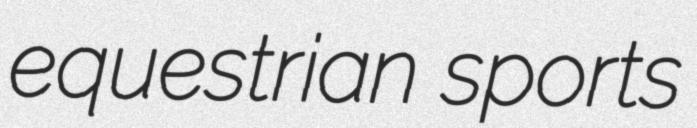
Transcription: equestrian sports